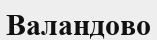
Валандово